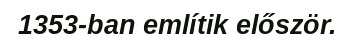
1353-ban említik először.